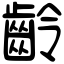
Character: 齡